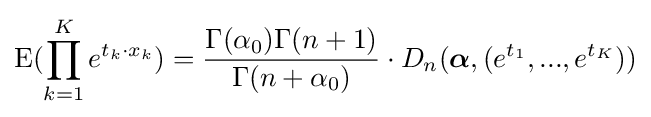
\operatorname {E} (\prod \limits _{k=1}^{K}{e}^{t_{k}\cdot x_{k}})={\frac {\Gamma (\alpha _{0})\Gamma (n+1)}{\Gamma (n+\alpha _{0})}}\cdot D_{n}({\boldsymbol {\alpha }},(e^{t_{1}},...,e^{t_{K}}))